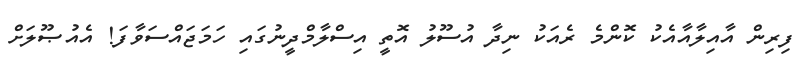
ފިރިން އާއިލާއާއެކު ކޮންމެ ރެއަކު ނިދާ އުސޫލު އޮތީ އިސްލާމްދީނުގައި ހަމަޖައްސަވާފަ! އެއުޞޫލަށް